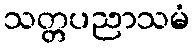
သတ္တပညာသမံ